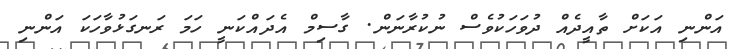
އަންނި އަކަށް ތާއީދެއް ދުވަހަކުވެސް ނުކުރާނަން. ގާސިމް އެދައްކަނީ ހަމަ ރަނގަޅުވާހަކަ އަންނި